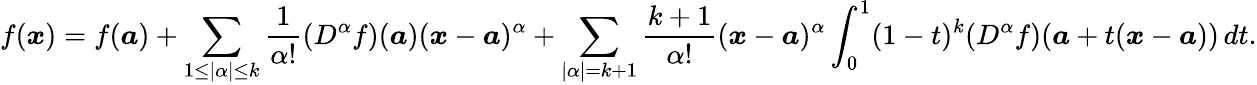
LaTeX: f({\boldsymbol{x}})=f({\boldsymbol{a}})+\sum_{1\leq|\alpha|\leq k}{\frac{1}{\alpha!}}(D^{\alpha}f)({\boldsymbol{a}})({\boldsymbol{x}}-{\boldsymbol{a}})^{\alpha}+\sum_{|\alpha|=k+1}{\frac{k+1}{\alpha!}}({\boldsymbol{x}}-{\boldsymbol{a}})^{\alpha}\int_{0}^{1}(1-t)^{k}(D^{\alpha}f)({\boldsymbol{a}}+t({\boldsymbol{x}}-{\boldsymbol{a}}))\, dt.